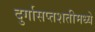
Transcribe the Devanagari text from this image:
दुर्गासप्तशतीमध्ये